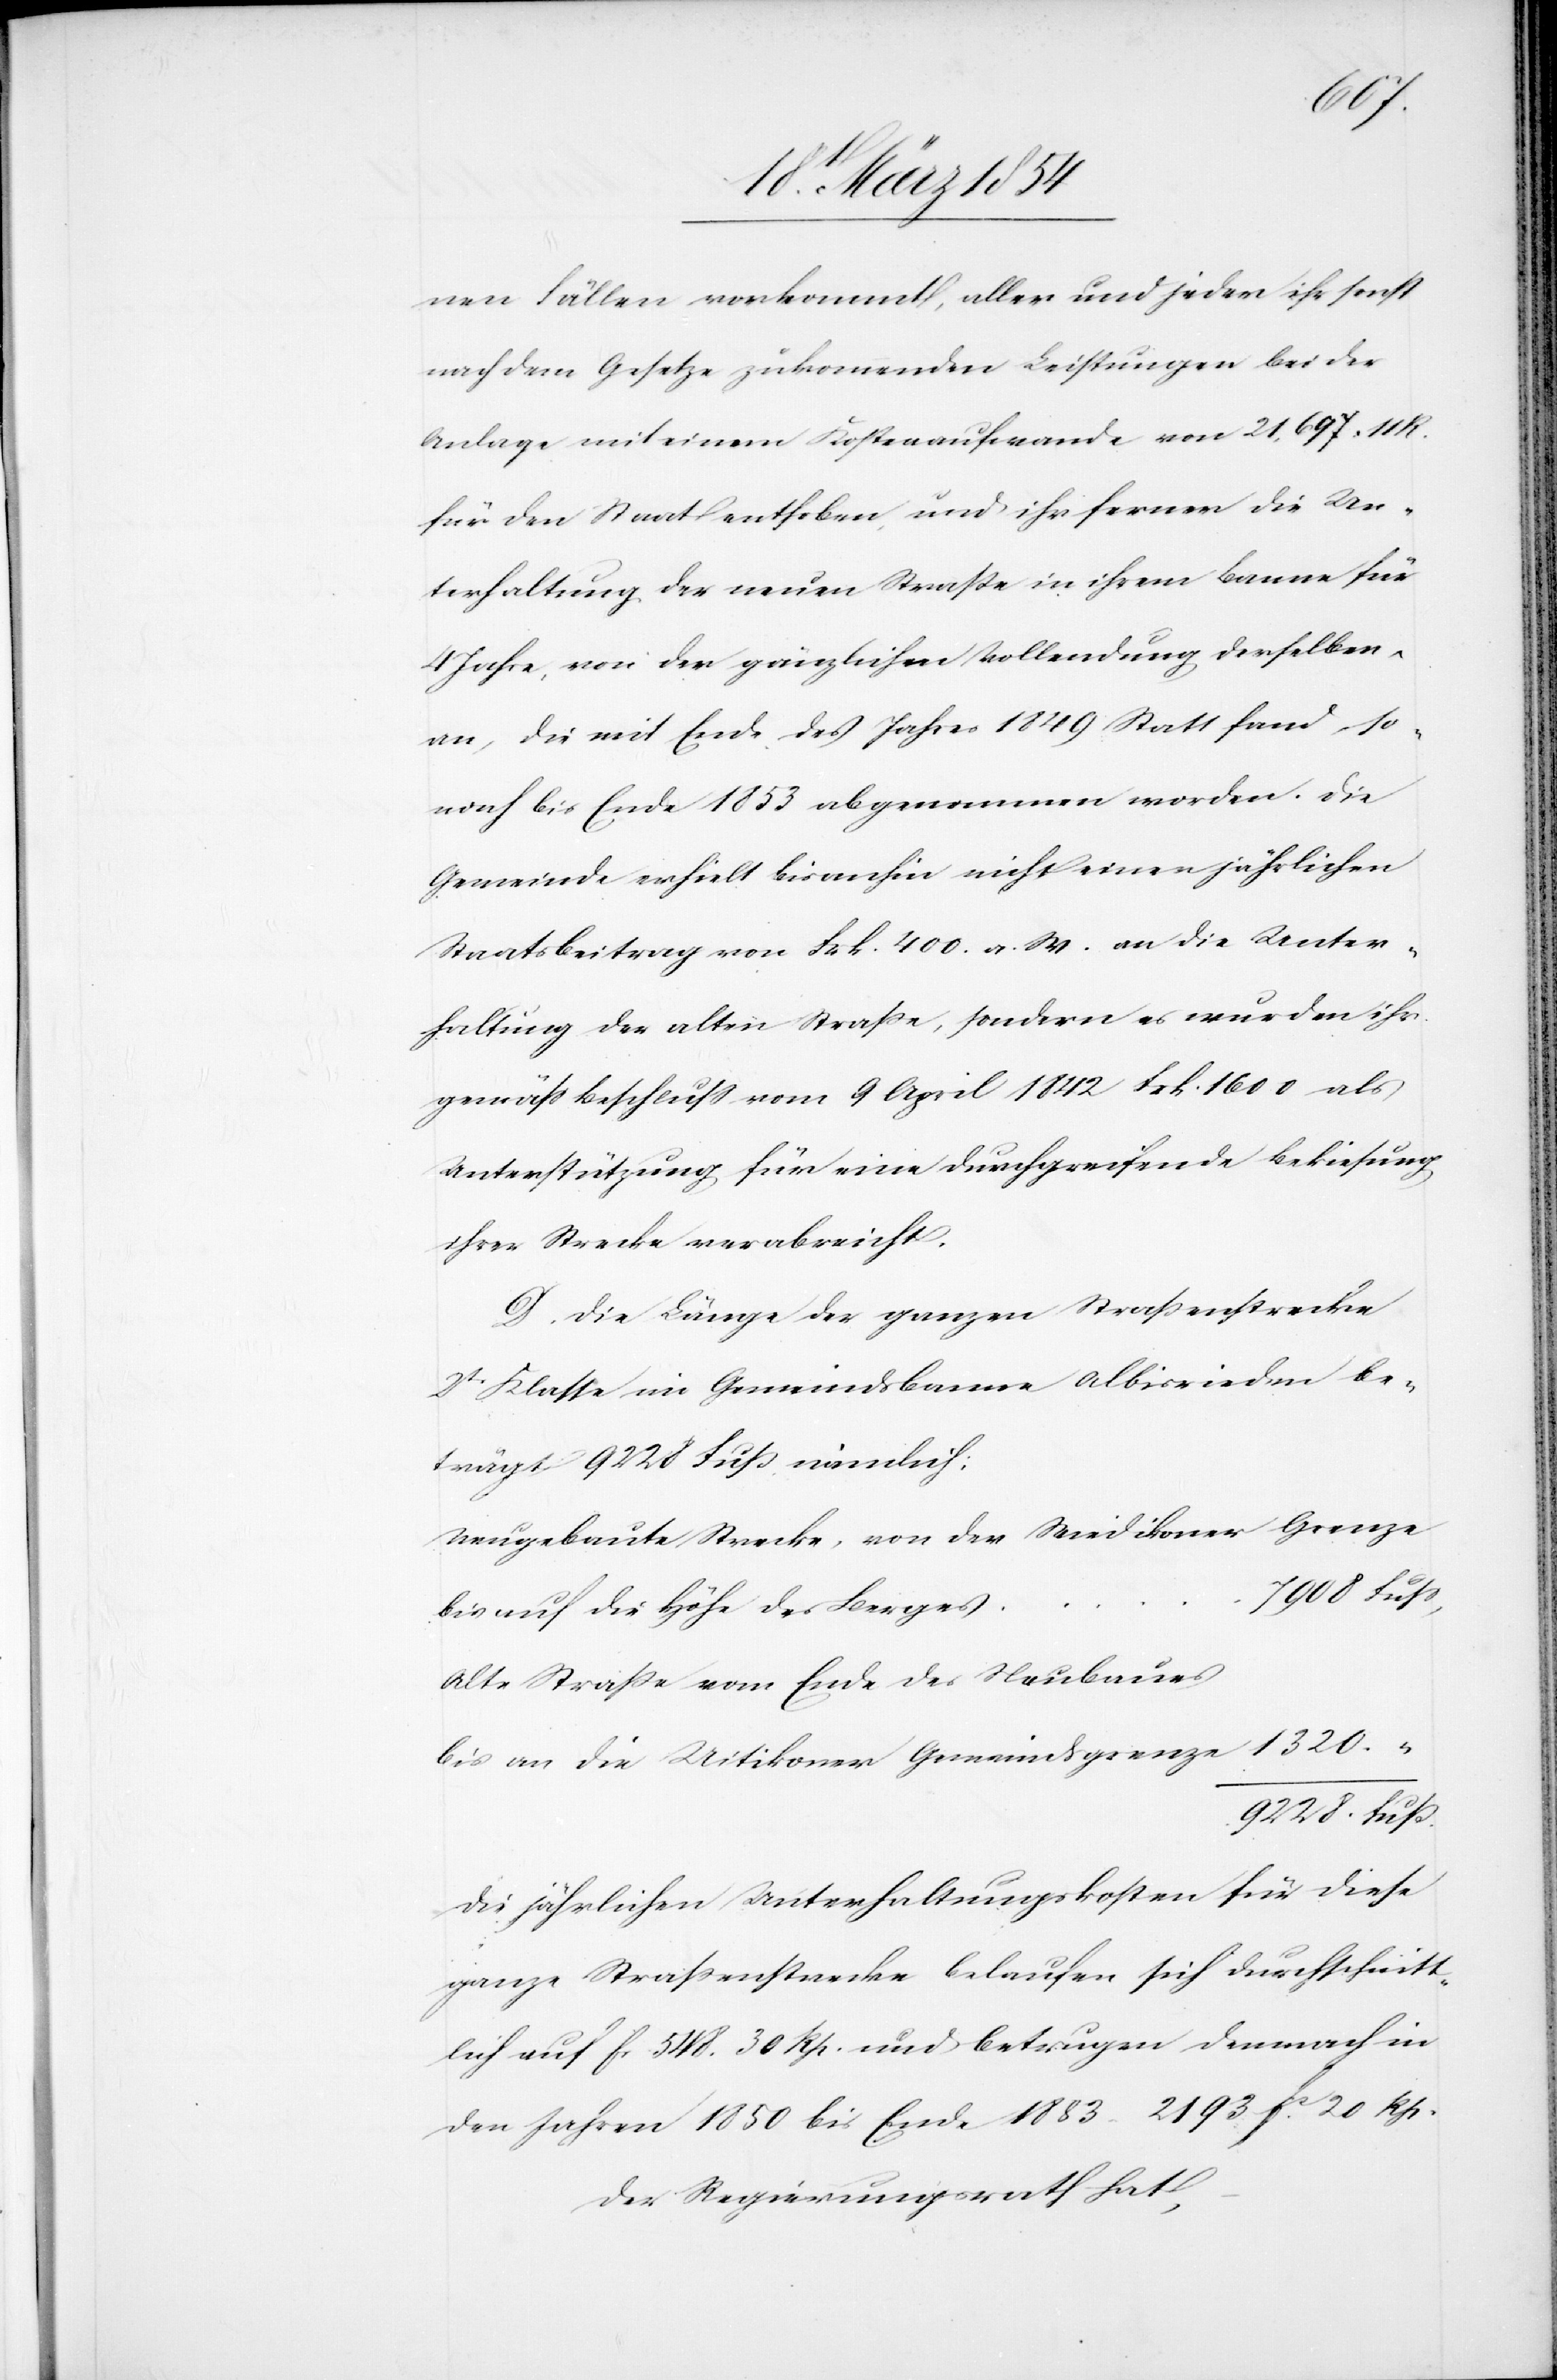
1320.
nen Fälle vorkommt, aller und jeder ihr sonst
nach dem Gesetze zukommenden Leistungen bei der
Anlage mit einem Kostenaufwande von 21,697. 44
für den Staat enthoben, und ihr ferner die Un¬
terhaltung der neuen Straße in ihrem Banne für
4 Jahre, von der gänzlichen Vollendung derselben
an, die mit Ende des Jahres 1849 Statt fand, so¬
nach bis Ende 1853 abgenommen worden. Die
Gemeinde erhielt bis anhin nicht einen jährlichen
Staatsbeitrag von Frk. 400. a. M. an die Unter¬
haltung der alten Straße, sondern es wurden ihr
gemäß Beschluß vom 9 April 1842 Frk. 1600 als
Unterstützung für eine durchgreifende Bekiesung
ihrer Strecke verabreicht.
D. Die Länge der ganzen Straßenstrecke
2t Klasse im Gemeindsbanne Albisrieden be¬
trägt 9228 Fuß nämlich:
Neugebaute Strecke, von der Wiedikoner Grenze
bis auf die Höhe des Berges
Alte Straße vom Ende des Neubaues
bis an die Uitikoner Gemeindsgrenze
Die jährlichen Unterhaltungskosten für diese
ganze Straßenstrecke belaufen sich durchschnitt¬
lich auf Fc 548.30 Rp. und betrugen demnach in
den Jahren 1850 bis Ende 1853 2193 Fc 20 Rp.
Der Regierungsrath hat,